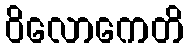
ဝိလောကေတိ